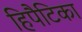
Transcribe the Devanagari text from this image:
हिपैटिका